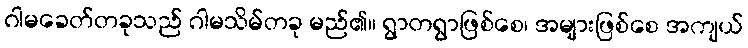
ဂါမခေတ်တခုသည် ဂါမသိမ်တခု မည်၏။ ရွာတရွာဖြစ်စေ၊ အများဖြစ်စေ အကျယ်